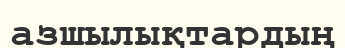
азшылықтардың